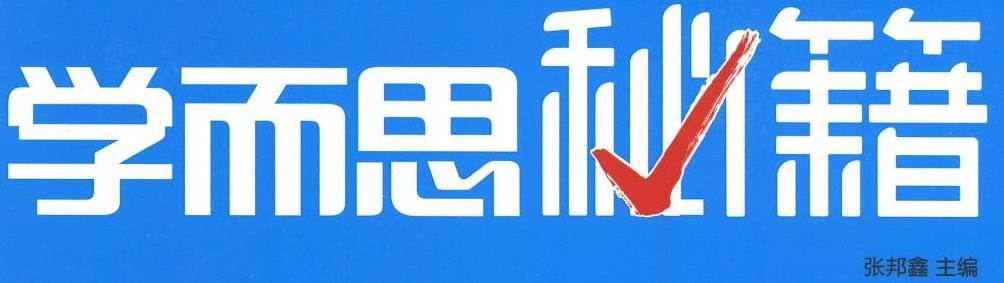
学而思秘籍\\
张邦鑫 主编